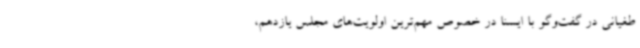
طغیانی در گفت‌وگو با ایسنا در خصوص مهم‌ترین اولویت‌های مجلس یازدهم،